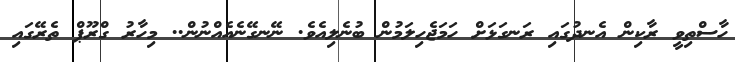
ހާސްތިވީ ރާކިން އެނދުގައި ރަނގަޅަށް ހަމަޖެހިލަމުން ބުނެލިއެވެ. ނޭނގޭނެއެއްނުން.. މިހާރު ގްރޫޕް ތެރޭގައި